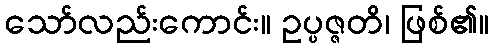
သော်လည်းကောင်း။ ဥပ္ပဇ္ဇတိ၊ ဖြစ်၏။